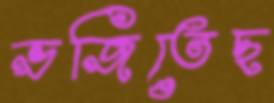
ভজিতেছ